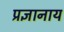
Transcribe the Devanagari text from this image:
प्रज्ञानाय